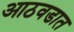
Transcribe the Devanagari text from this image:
आठवडात